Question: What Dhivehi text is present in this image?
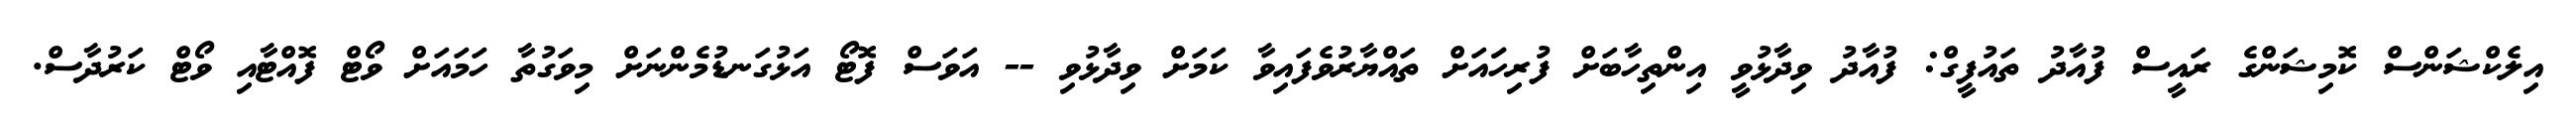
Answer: އިލެކްޝަންސް ކޮމިޝަންގެ ރައީސް ފުއާދު ތައުފީގް: ފުއާދު ވިދާޅުވީ އިންތިހާބަށް ފުރިހަައަށް ތައްޔާރުވެފައިވާ ކަމަށް ވިދާޅުވި -- އަވަސް ފޮޓޯ އަޅުގަނޑުމެންނަށް މިވަގުތާ ހަމައަށް ވޯޓް ފޮއްޓާއި ވޯޓް ކަރުދާސް.